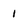
Character: I